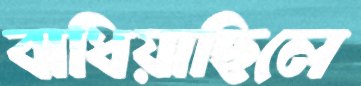
বাধিয়াছিলে